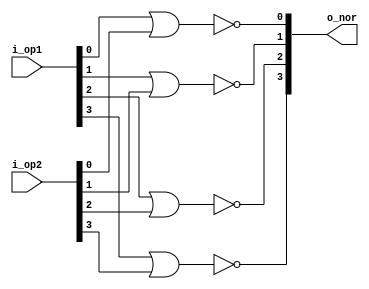
`timescale 1 ns /1 ps

module bitwise_nor(i_op1, i_op2, o_nor);

	input	[ 3:0] i_op1, i_op2;
	output	[ 3:0] o_nor;

	genvar i;

	generate
		for (i=0; i<4; i=i+1) begin:not_or
			nor n (o_nor[i],i_op1[i],i_op2[i]);
		end //nor
	endgenerate

endmodule